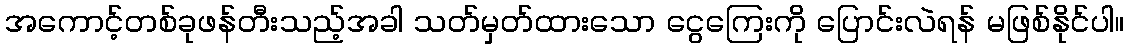
အကောင့်တစ်ခုဖန်တီးသည့်အခါ သတ်မှတ်ထားသော ငွေကြေးကို ပြောင်းလဲရန် မဖြစ်နိုင်ပါ။